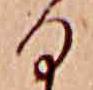
る